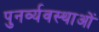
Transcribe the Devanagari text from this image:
पुनर्व्यवस्थाओं